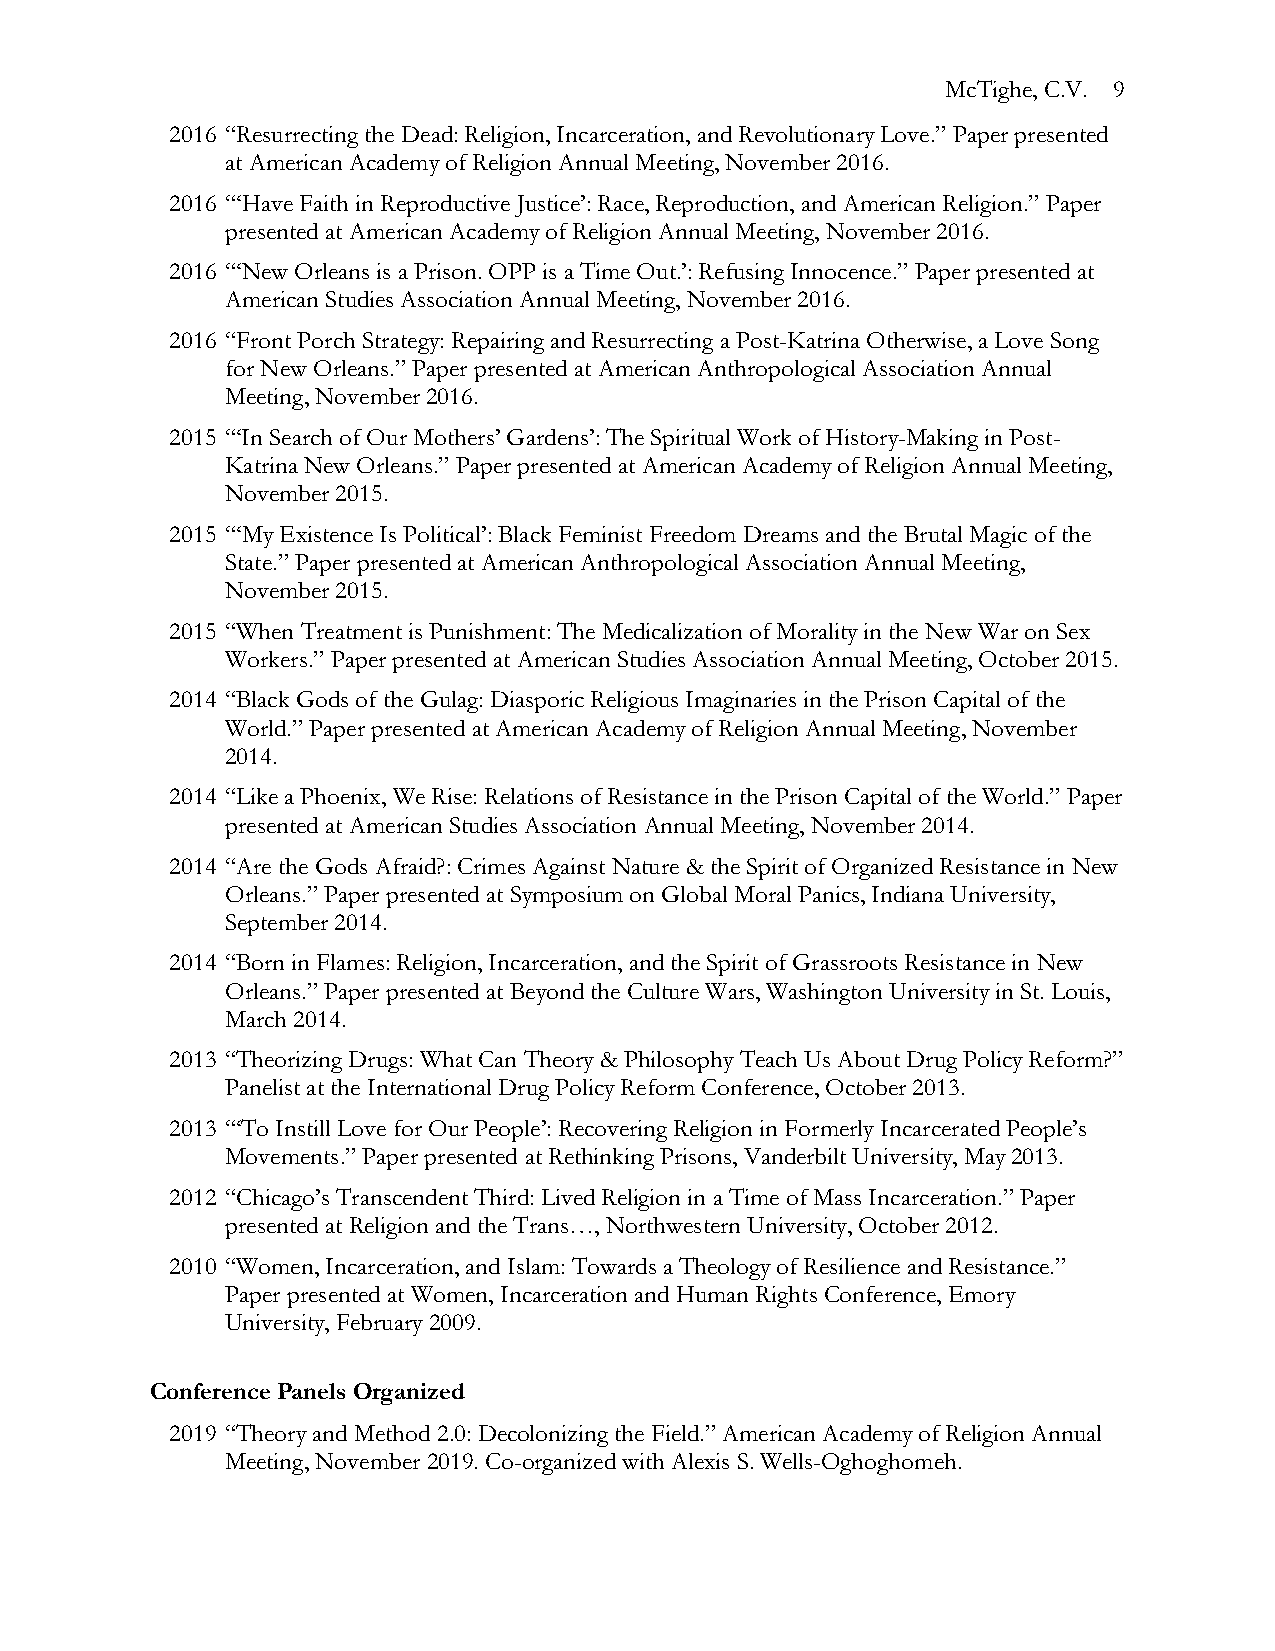
McTighe, C.V. 9
 2016 “Resurrecting the Dead: Religion, Incarceration, and Revolutionary Love.” Paper presented
 at American Academy of Religion Annual Meeting, November 2016.
 2016 “‘Have Faith in Reproductive Justice’: Race, Reproduction, and American Religion.” Paper
 presented at American Academy of Religion Annual Meeting, November 2016.
 2016 “‘New Orleans is a Prison. OPP is a Time Out.’: Refusing Innocence.” Paper presented at
 American Studies Association Annual Meeting, November 2016.
 2016 “Front Porch Strategy: Repairing and Resurrecting a Post-Katrina Otherwise, a Love Song
 for New Orleans.” Paper presented at American Anthropological Association Annual
 Meeting, November 2016.
 2015 “‘In Search of Our Mothers’ Gardens’: The Spiritual Work of History-Making in Post-
 Katrina New Orleans.” Paper presented at American Academy of Religion Annual Meeting,
 November 2015.
 2015 “‘My Existence Is Political’: Black Feminist Freedom Dreams and the Brutal Magic of the
 State.” Paper presented at American Anthropological Association Annual Meeting,
 November 2015.
 2015 “When Treatment is Punishment: The Medicalization of Morality in the New War on Sex
 Workers.” Paper presented at American Studies Association Annual Meeting, October 2015.
 2014 “Black Gods of the Gulag: Diasporic Religious Imaginaries in the Prison Capital of the
 World.” Paper presented at American Academy of Religion Annual Meeting, November
 2014.
 2014 “Like a Phoenix, We Rise: Relations of Resistance in the Prison Capital of the World.” Paper
 presented at American Studies Association Annual Meeting, November 2014.
 2014 “Are the Gods Afraid?: Crimes Against Nature & the Spirit of Organized Resistance in New
 Orleans.” Paper presented at Symposium on Global Moral Panics, Indiana University,
 September 2014.
 2014 “Born in Flames: Religion, Incarceration, and the Spirit of Grassroots Resistance in New
 Orleans.” Paper presented at Beyond the Culture Wars, Washington University in St. Louis,
 March 2014.
 2013 “Theorizing Drugs: What Can Theory & Philosophy Teach Us About Drug Policy Reform?”
 Panelist at the International Drug Policy Reform Conference, October 2013.
 2013 “‘To Instill Love for Our People’: Recovering Religion in Formerly Incarcerated People’s
 Movements.” Paper presented at Rethinking Prisons, Vanderbilt University, May 2013.
 2012 “Chicago’s Transcendent Third: Lived Religion in a Time of Mass Incarceration.” Paper
 presented at Religion and the Trans…, Northwestern University, October 2012.
 2010 “Women, Incarceration, and Islam: Towards a Theology of Resilience and Resistance.”
 Paper presented at Women, Incarceration and Human Rights Conference, Emory
 University, February 2009.
 Conference Panels Organized
 2019 “Theory and Method 2.0: Decolonizing the Field.” American Academy of Religion Annual
 Meeting, November 2019. Co-organized with Alexis S. Wells-Oghoghomeh.